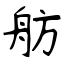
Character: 舫